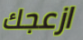
ازعجك